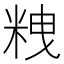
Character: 𥹞